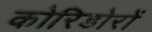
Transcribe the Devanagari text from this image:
कोरिडोरों